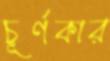
চূর্ণকার